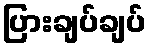
ပြားချပ်ချပ်